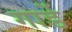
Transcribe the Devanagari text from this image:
गार्डे